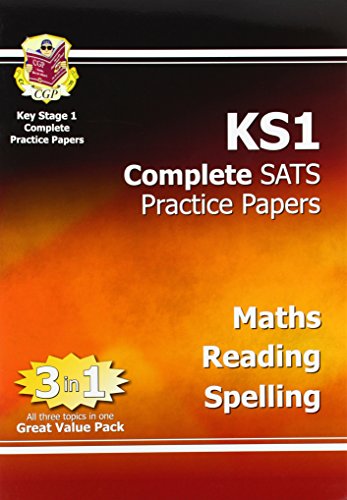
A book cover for KS1 Complete SATs Practice Papers - Maths, Reading and Spelling; Richard Parsons; Reference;